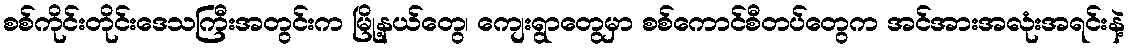
စစ်ကိုင်းတိုင်းဒေသကြီးအတွင်းက မြို့နယ်တွေ၊ ကျေးရွာတွေမှာ စစ်ကောင်စီတပ်တွေက အင်အားအလုံးအရင်းနဲ့